Civil Veterinary Dept. Bombay admin report 1914-1922 - 1914-1922
Year: 1914
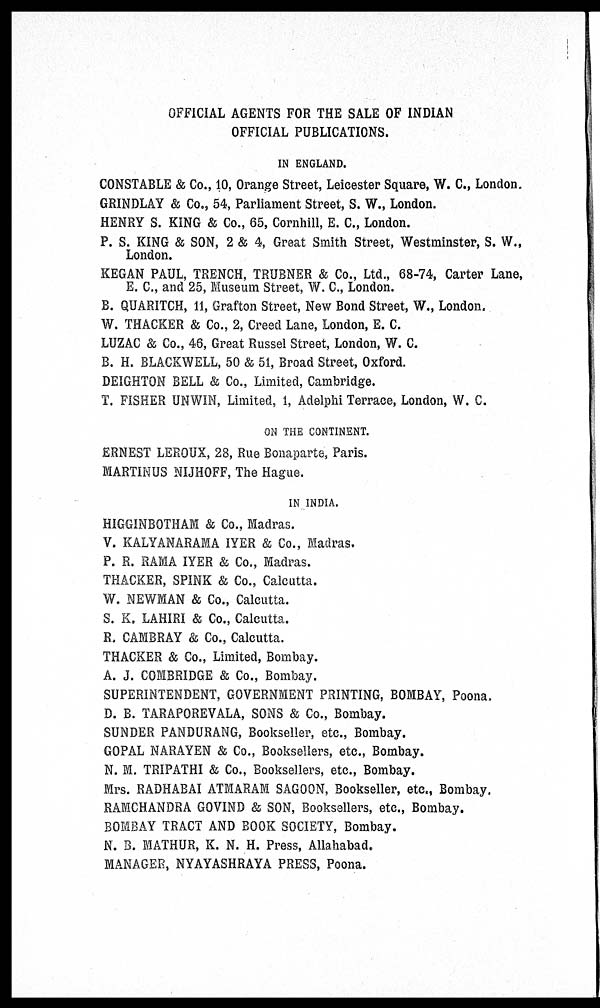
OFFICIAL AGENTS FOR THE SALE OF INDIAN
OFFICIAL PUBLICATIONS.
IN ENGLAND.
CONSTABLE & Co., 10, Orange Street, Leicester Square, W. C., London.
GRINDLAY & Co., 54, Parliament Street, S. W., London.
HENRY S. KING & Co., 65, Cornhill, E. C., London.
P. S. KING & SON, 2 & 4, Great Smith Street, Westminster, S. W.,
London.
KEGAN PAUL, TRENCH, TRUBNER & Co., Ltd., 68-74, Carter Lane,
E. C., and 25, Museum Street, W. C., London.
B. QUARITCH, 11, Grafton Street, New Bond Street, W., London.
W. THACKER & Co., 2, Creed Lane, London, E. C.
LUZAC & Co., 46, Great Russel Street, London, W. C.
B. H. BLACKWELL, 50 & 51, Broad Street, Oxford.
DEIGHTON BELL & Co., Limited, Cambridge.
T. FISHER UNWIN, Limited, 1, Adelphi Terrace, London, W. C.
ON THE CONTINENT.
ERNEST LEROUX, 28, Rue Bonaparte, Paris.
MARTINUS NIJHOFF, The Hague.
IN INDIA.
HIGGINBOTHAM & Co., Madras.
V. KALYANARAMA IYER & Co., Madras.
P. R. RAMA IYER & Co., Madras.
THACKER, SPINK & Co., Calcutta.
W. NEWMAN & Co., Calcutta.
S. K. LAHIRI & Co., Calcutta.
R. CAMBRAY & Co., Calcutta.
THACKER & Co., Limited, Bombay.
A. J. COMBRIDGE & Co., Bombay.
SUPERINTENDENT, GOVERNMENT PRINTING, BOMBAY, Poona.
D. B. TARAPOREVALA, SONS & Co., Bombay.
SUNDER PANDURANG, Bookseller, etc., Bombay.
GOPAL NARAYEN & Co., Booksellers, etc., Bombay.
N. M. TRIPATHI & Co., Booksellers, etc., Bombay.
Mrs. RADHABAI ATMARAM SAGOON, Bookseller, etc., Bombay.
RAMCHANDRA GOVIND & SON, Booksellers, etc., Bombay.
BOMBAY TRACT AND BOOK SOCIETY, Bombay.
N. B. MATHUR, K. N. H. Press, Allahabad.
MANAGER, NYAYASHRAYA PRESS, Poona.